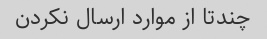
چندتا از موارد ارسال نکردن